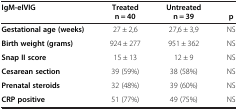
<table><thead><tr><td><b>IgM-eIVIG</b></td><td><b>Treated</b></td><td><b>Untreated</b></td><td><b> </b></td></tr><tr><td><b> </b></td><td><b>n = 40</b></td><td><b>n = 39</b></td><td><b>p</b></td></tr></thead><tbody><tr><td><b>Gestational age (weeks)</b></td><td>27 ± 2,6</td><td>27,6 ± 3,9</td><td>NS</td></tr><tr><td><b>Birth weight (grams)</b></td><td>924 ± 277</td><td>951 ± 362</td><td>NS</td></tr><tr><td><b>Snap II score</b></td><td>15 ± 13</td><td>12 ± 9</td><td>NS</td></tr><tr><td><b>Cesarean section</b></td><td>39 (59%)</td><td>38 (58%)</td><td>NS</td></tr><tr><td><b>Prenatal steroids</b></td><td>32 (48%)</td><td>39 (60%)</td><td>NS</td></tr><tr><td><b>CRP positive</b></td><td>51 (77%)</td><td>49 (75%)</td><td>NS</td></tr></tbody></table>